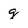
Character: g